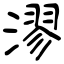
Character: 漻